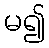
မ၍